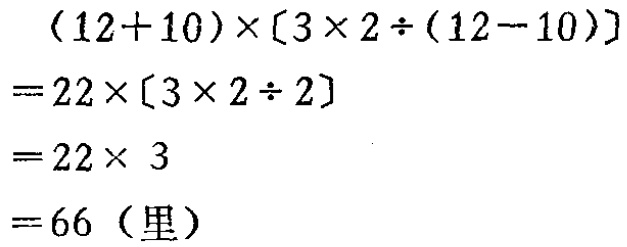
\[(12 + 10)\times[3\times2\div(12 - 10)]\\

= 22\times[3\times2\div2]\\

= 22\times3\\

= 66 (\text{里})\]